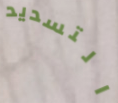
التسديد